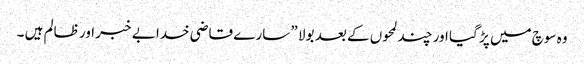
وہ سوچ میں پڑ گیا اور چند لمحوں کے بعد بولا ” سارے قاضی خدا بے خبر اور ظالم ہیں ۔